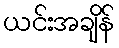
ယင်းအချိန်